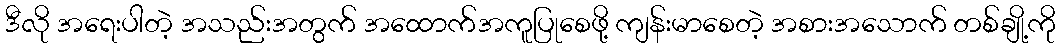
ဒီလို အရေးပါတဲ့ အသည်းအတွက် အထောက်အကူပြုစေဖို့ ကျန်းမာစေတဲ့ အစားအသောက် တစ်ချို့ကို